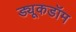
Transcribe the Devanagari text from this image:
ड्यूकडॉम